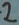
Text: 2